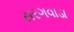
સરગવાડા